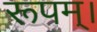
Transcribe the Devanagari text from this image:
रूपम्।